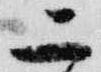
二